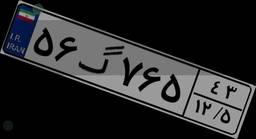
۵۶گ۷۶۵۴۳